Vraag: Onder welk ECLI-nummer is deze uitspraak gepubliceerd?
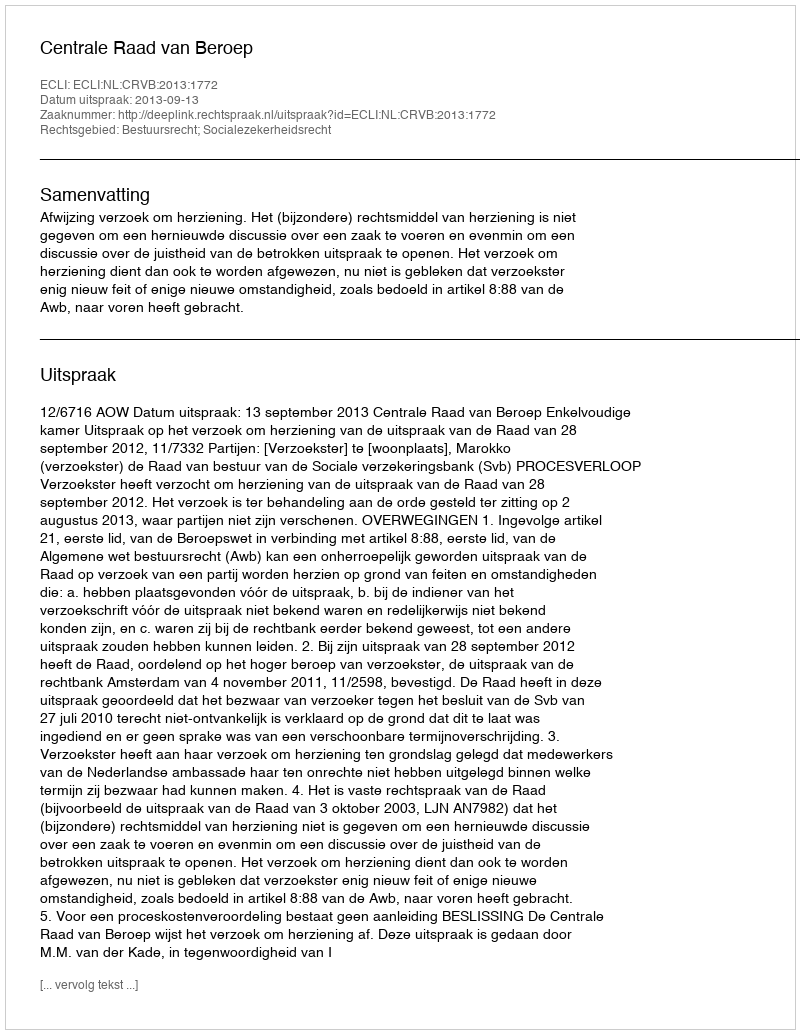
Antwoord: ECLI:NL:CRVB:2013:1772